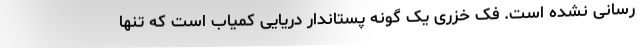
رسانی نشده است. فک خزری یک گونه پستاندار دریایی کمیاب است که تنها